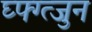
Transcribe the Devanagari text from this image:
घ्फ्ग्त्जुन